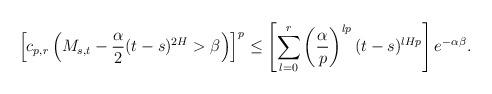
LaTeX: \begin{align*}\left[c_{p,r}\left(M_{s,t}-\frac{\alpha}{2}(t-s)^{2H}>\beta\right)\right]^{p}\leq\left[\sum_{l=0}^{r}\left(\frac{\alpha}{p}\right)^{lp}(t-s)^{lHp}\right]e^{-\alpha\beta}.\end{align*}